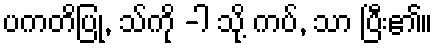
ပကတိပြု, သ်ကို -ါ သို့ ကပ်, သာ ပြီး၏။